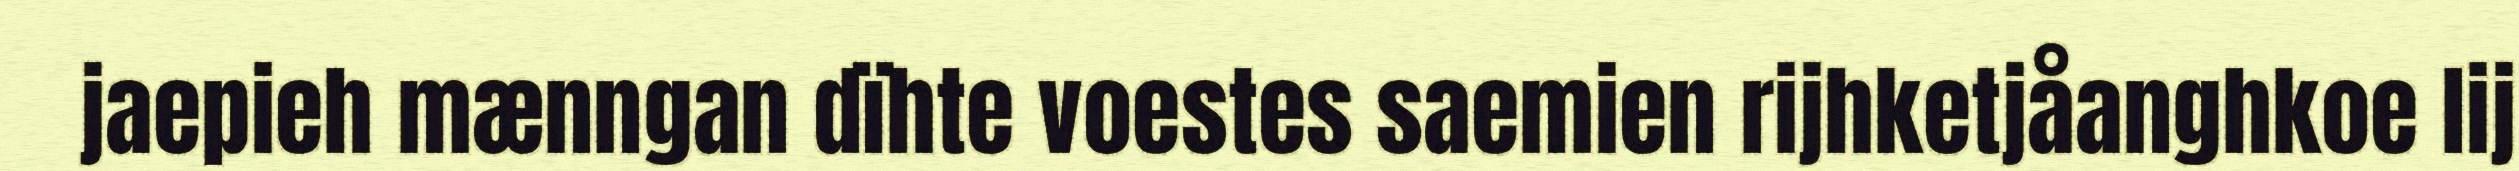
jaepieh mænngan dïhte voestes saemien rijhketjåanghkoe lij